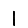
Digit: 1